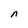
Character: n